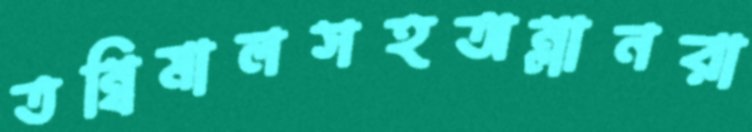
তম্বিমালসহঅম্লানরা